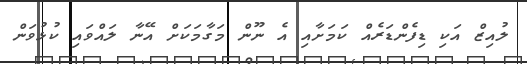
ލުއިޒް އަކި ޑިފެންޑަރެއް ކަމަށާއި އެ ނޫން މަގާމަކަށް އޭނާ ލައްވައި ކުޅުވަން